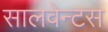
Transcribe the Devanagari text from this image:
सालवेन्टस